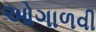
ઓગાળવી